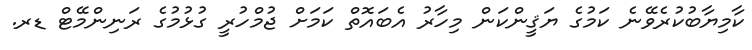
ކާމިޔާބުކުރެވޭނެ ކަމުގެ ޔަޤީންކަން މިހާރު އެބައޮތް ކަމަށް ޖުމްހުރީ ގުޅުމުގެ ރަނިންމޭޓް ޑރ.